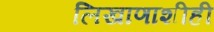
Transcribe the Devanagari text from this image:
लिखाणाशीही